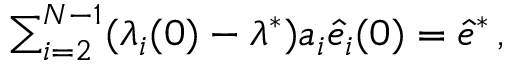
\begin{array} { r } { \sum _ { i = 2 } ^ { N - 1 } ( \lambda _ { i } ( 0 ) - \lambda ^ { * } ) a _ { i } \hat { e } _ { i } ( 0 ) = \hat { e } ^ { * } \, , } \end{array}